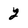
Character: 2